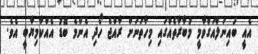
އެއީ ބައިނަލްއަގްވާމީ މުބާރާތެއްގައި މިހާތަނަށް ރާއްޖެ ހޯދި އެންމެ ބޮޑު އެއްކާމިޔާބީ އެވެ.